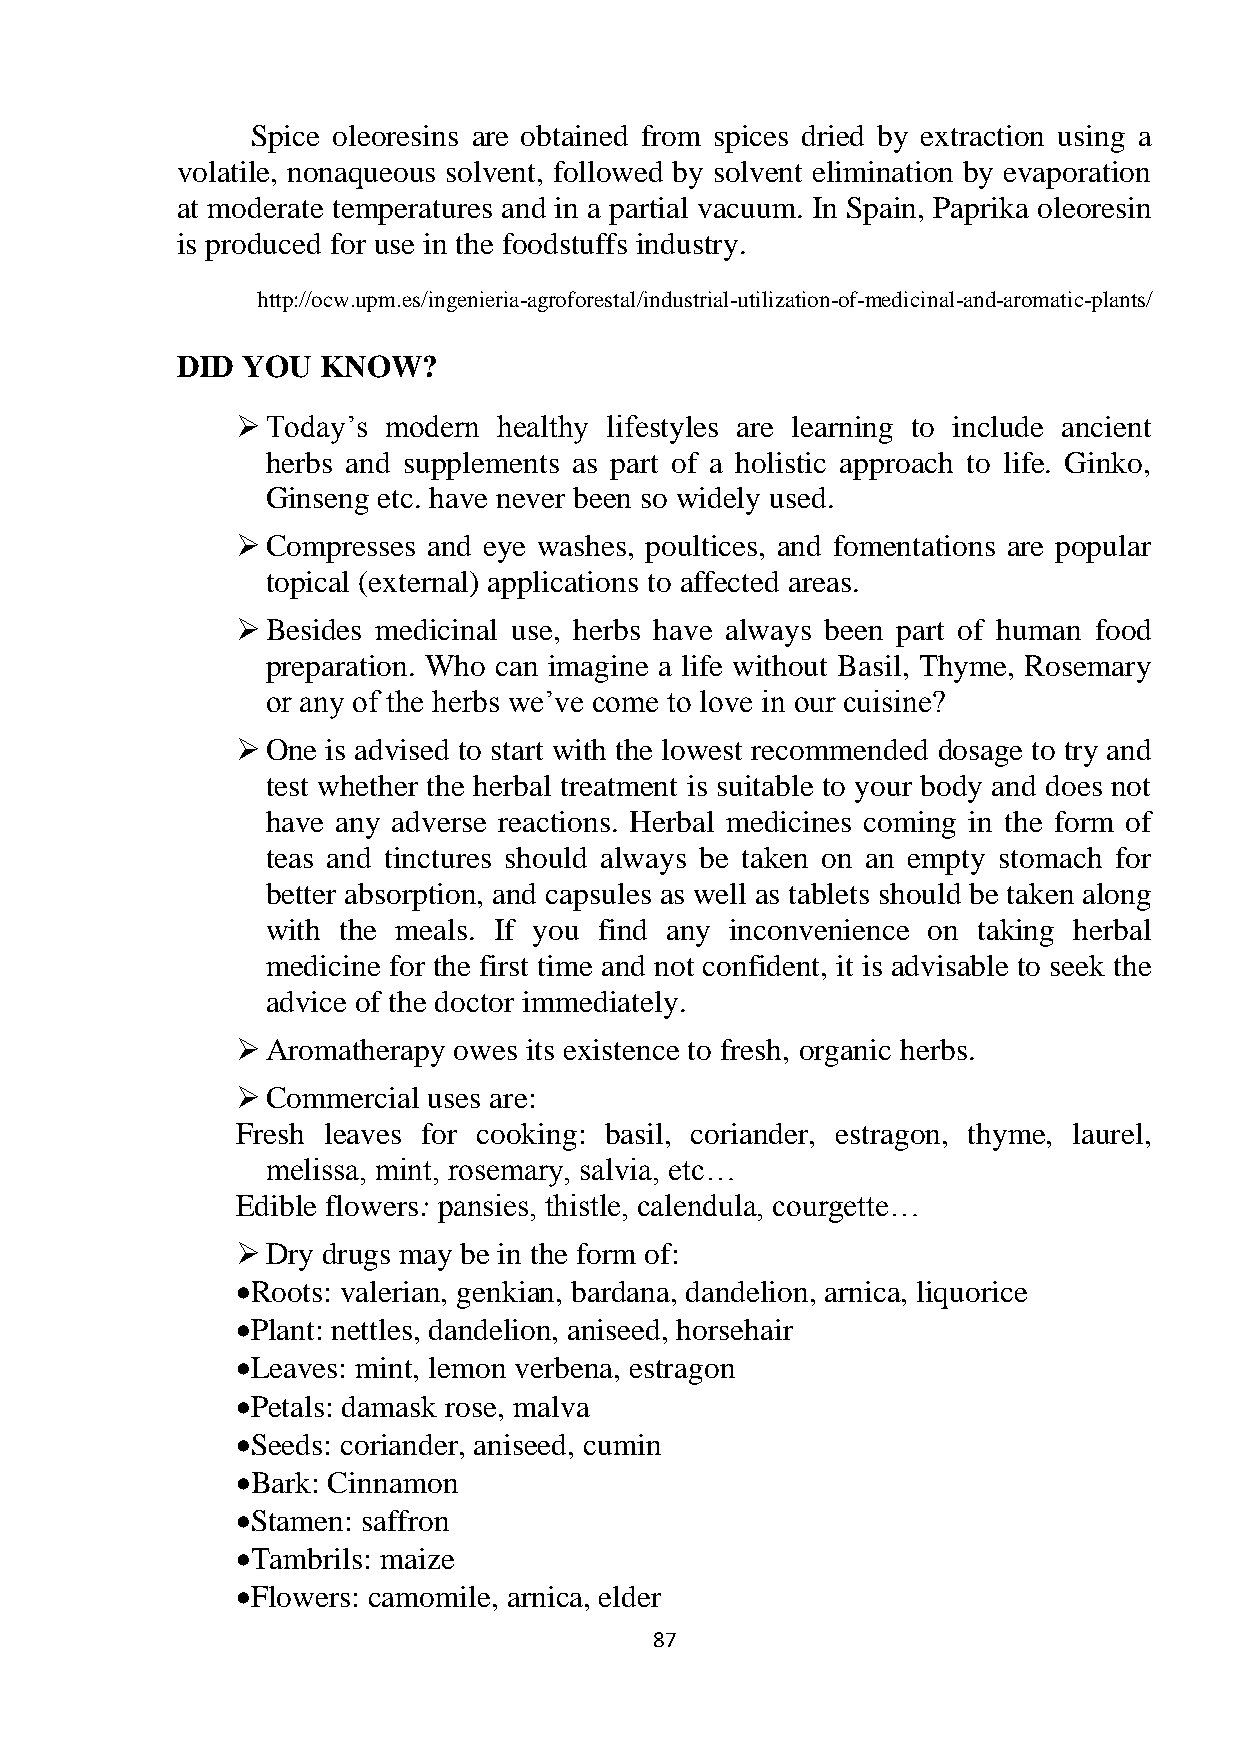
Spice oleoresins are obtained from spices dried by extraction using a
 volatile, nonaqueous solvent, followed by solvent elimination by evaporation
 at moderate temperatures and in a partial vacuum. In Spain, Paprika oleoresin
 is produced for use in the foodstuffs industry.
 http://ocw.upm.es/ingenieria-agroforestal/industrial-utilization-of-medicinal-and-aromatic-plants/
 DID YOU  KNOW?
  Today‘s modern healthy lifestyles are learning to include ancient
 herbs and supplements as part of a holistic approach to life. Ginko,
 Ginseng etc. have never been so widely used.
  Compresses and eye washes, poultices, and fomentations are popular
 topical (external) applications to affected areas.
  Besides medicinal use, herbs have always been part of human food
 preparation. Who can imagine a life without Basil, Thyme, Rosemary
 or any of the herbs we‘ve come to love in our cuisine?
  One is advised to start with the lowest recommended dosage to try and
 test whether the herbal treatment is suitable to your body and does not
 have any adverse reactions. Herbal medicines coming in the form of
 teas and tinctures should always be taken on an empty stomach for
 better absorption, and capsules as well as tablets should be taken along
 with the meals. If you find any inconvenience on taking herbal
 medicine for the first time and not confident, it is advisable to seek the
 advice of the doctor immediately.
  Aromatherapy owes its existence to fresh, organic herbs.
  Commercial uses are:
 Fresh leaves for cooking: basil, coriander, estragon, thyme, laurel,
 melissa, mint, rosemary, salvia, etc…
 Edible flowers: pansies, thistle, calendula, courgette…
  Dry drugs may be in the form of:
  Roots: valerian, genkian, bardana, dandelion, arnica, liquorice
  Plant: nettles, dandelion, aniseed, horsehair
  Leaves: mint, lemon verbena, estragon
  Petals: damask rose, malva
  Seeds: coriander, aniseed, cumin
  Bark: Cinnamon
  Stamen: saffron
  Tambrils: maize
  Flowers: camomile, arnica, elder
 87